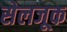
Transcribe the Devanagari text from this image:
सेलजूक